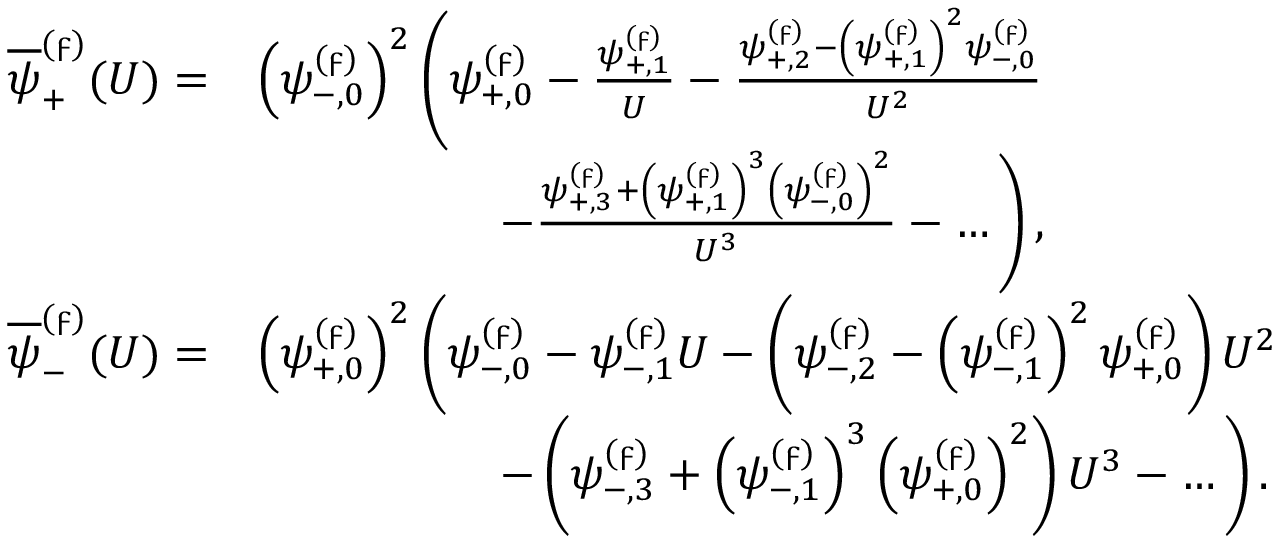
\begin{array} { r l } { \overline { { \psi } } _ { + } ^ { ( \digamma ) } ( U ) = } & { \left( \psi _ { - , 0 } ^ { ( \digamma ) } \right) ^ { 2 } \left( \psi _ { + , 0 } ^ { ( \digamma ) } - \frac { \psi _ { + , 1 } ^ { ( \digamma ) } } { U } - \frac { \psi _ { + , 2 } ^ { ( \digamma ) } - \left( \psi _ { + , 1 } ^ { ( \digamma ) } \right) ^ { 2 } \psi _ { - , 0 } ^ { ( \digamma ) } } { U ^ { 2 } } \right. } \\ & { \qquad \qquad \quad \left. - \frac { \psi _ { + , 3 } ^ { ( \digamma ) } + \left( \psi _ { + , 1 } ^ { ( \digamma ) } \right) ^ { 3 } \left( \psi _ { - , 0 } ^ { ( \digamma ) } \right) ^ { 2 } } { U ^ { 3 } } - \dots \right) , } \\ { \overline { { \psi } } _ { - } ^ { ( \digamma ) } ( U ) = } & { \left( \psi _ { + , 0 } ^ { ( \digamma ) } \right) ^ { 2 } \left( \psi _ { - , 0 } ^ { ( \digamma ) } - \psi _ { - , 1 } ^ { ( \digamma ) } U - \left( \psi _ { - , 2 } ^ { ( \digamma ) } - \left( \psi _ { - , 1 } ^ { ( \digamma ) } \right) ^ { 2 } \psi _ { + , 0 } ^ { ( \digamma ) } \right) U ^ { 2 } \right. } \\ & { \qquad \qquad \quad \left. - \left( \psi _ { - , 3 } ^ { ( \digamma ) } + \left( \psi _ { - , 1 } ^ { ( \digamma ) } \right) ^ { 3 } \left( \psi _ { + , 0 } ^ { ( \digamma ) } \right) ^ { 2 } \right) U ^ { 3 } - \dots \right) . } \end{array}